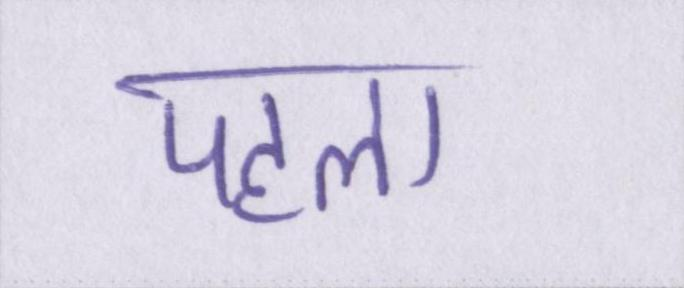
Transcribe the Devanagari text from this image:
पहला